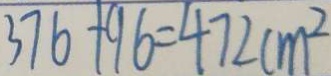
3 7 6 + 9 6 = 4 7 2 c m ^ { 2 }